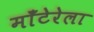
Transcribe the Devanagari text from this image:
माँटेरेला